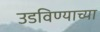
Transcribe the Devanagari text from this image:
उडविण्याच्या